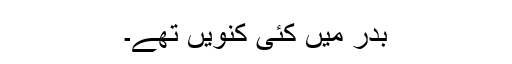
بدر میں کئی کنویں تھے۔